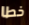
خطا